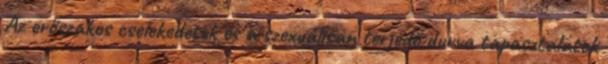
Az erőszakos cselekedetek és a szexuálisan terjedő durva tapasztalatok